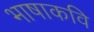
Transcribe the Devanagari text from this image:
भाषाकवि